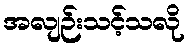
အလျဉ်းသင့်သလို